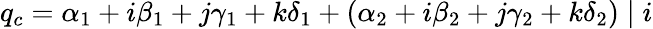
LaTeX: q_{c}=\alpha_{1}+i\beta_{1}+j\gamma_{1}+k\delta_{1}+(\alpha_{2}+i\beta_{2}+j\gamma_{2}+k\delta_{2})\mid i